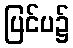
ပြင်ပ၌